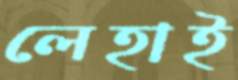
লেহাই